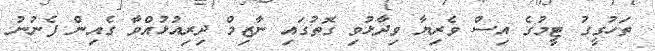
ތަހުގީގު ޓީމުގެ އިސް ވެރިޔާ ވިދާޅުވި ގޮތުގައި ނާޒިމް ދިރިއުޅުއްވާ ގެއިން ފެނުނު